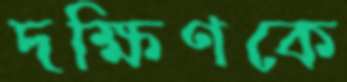
দক্ষিণকে